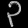
Digit: ၃